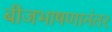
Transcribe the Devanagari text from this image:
बीजभाषणानंतर